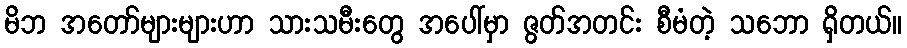
မိဘ အတော်များများဟာ သားသမီးတွေ အပေါ်မှာ ဇွတ်အတင်း စီမံတဲ့ သဘော ရှိတယ်။